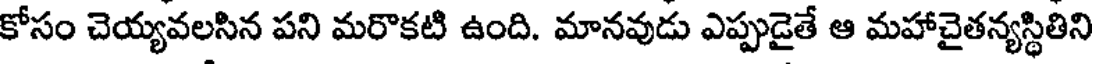
కోసం చెయ్యవలసిన పని మరొకటి ఉంది. మానవుడు ఎప్పుడైతే ఆ మహాచైతన్యస్థితిని